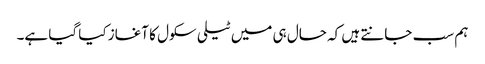
ہم سب جانتے ہیں کہ حال ہی میں ٹیلی سکول کا آغاز کیا گیا ہے۔